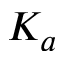
K _ { a }